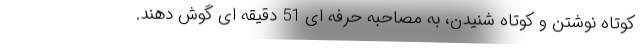
کوتاه نوشتن و کوتاه شنیدن، به مصاحبه حرفه ای 51 دقیقه ای گوش دهند.